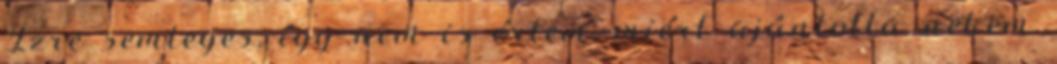
Ízre semleges, így nem is értem, miért ajánlotta nekem